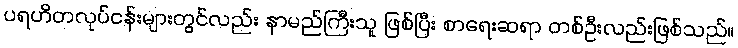
ပရဟိတလုပ်ငန်းများတွင်လည်း နာမည်ကြီးသူ ဖြစ်ပြီး စာရေးဆရာ တစ်ဦးလည်းဖြစ်သည်။